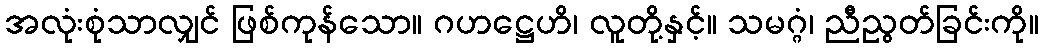
အလုံးစုံသာလျှင် ဖြစ်ကုန်သော။ ဂဟဋ္ဌေဟိ၊ လူတို့နှင့်။ သမဂ္ဂံ၊ ညီညွတ်ခြင်းကို။